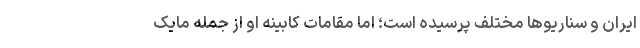
ایران و سناریوها مختلف پرسیده است؛ اما مقامات کابینه او از جمله مایک